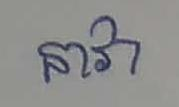
នាវា